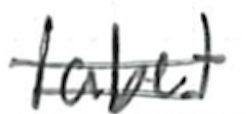
Text: label
Cross-out: mix
Writing tool: ballpoint